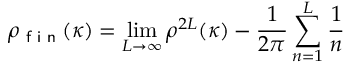
\rho _ { \textsf { f i n } } ( \kappa ) = \operatorname * { l i m } _ { L \to \infty } \rho ^ { 2 L } ( \kappa ) - \frac { 1 } { 2 \pi } \sum _ { n = 1 } ^ { L } \frac { 1 } { n }